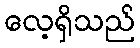
လေ့ရှိသည်